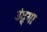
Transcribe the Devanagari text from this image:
उंद्र्या